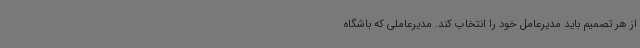
از هر تصمیم باید مدیرعامل خود را انتخاب کند. مدیرعاملی که باشگاه